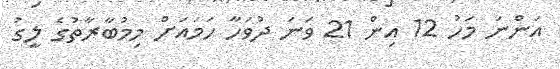
އަންނަ މަހު 12 އިން 21 ވަނަ ދުވަހާ ހަމައަށް މިމުބާރާތުގެ ލީގު